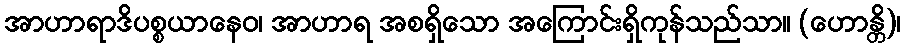
အာဟာရာဒိပစ္စယာနေဝ၊ အာဟာရ အစရှိသော အကြောင်းရှိကုန်သည်သာ။ (ဟောန္တိ)၊